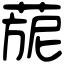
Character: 𦴪